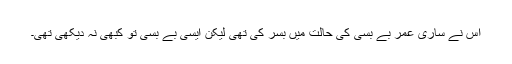
اس نے ساری عمر بے بسی کی حالت میں بسر کی تھی لیکن ایسی بے بسی تو کبھی نہ دیکھی تھی۔